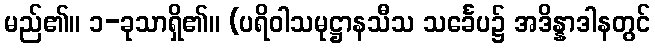
မည်၏။ ၁-ခုသာရှိ၏။ (ပရိဝါသမုဋ္ဌာနသီသ သင်္ခေပ၌ အဒိန္နာဒါနတွင်